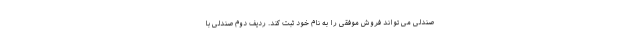
صندلی می تواند فروش موفقی را به نام خود ثبت کند. ردیف دوم صندلی با